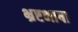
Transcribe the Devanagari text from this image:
भ्रष्टभाषा